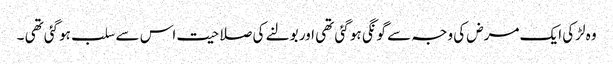
وہ لڑکی ایک مرض کی وجہ سے گونگی ہو گئی تھی اور بولنے کی صلاحیت اس سے سلب ہوگئی تھی ۔